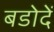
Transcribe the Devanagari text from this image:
बडोदें